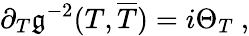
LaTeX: \partial_{T}\mathfrak{g}^{-2}(T,\overline{{{{T}}}})=i\Theta_{T}\ ,